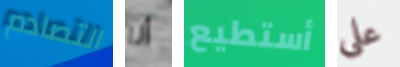
التصادم أنا أستطيع على